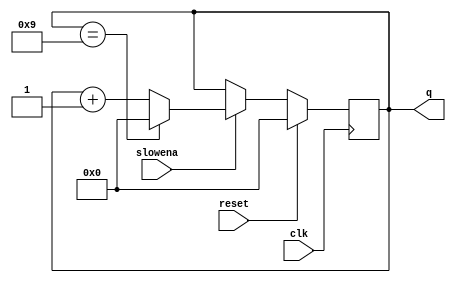
module top_module (
    input clk,
    input slowena,
    input reset,
    output [3:0] q);
    
    always@(posedge clk) begin
        if(reset) q <= 0;
        else if(~slowena) q <= q;
        else begin
            if(q == 9) q <= 0;
            else q <= q + 1;
        end
    end

endmodule